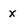
Character: X